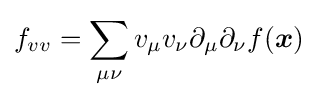
f_{vv}=\sum _{\mu \nu }v_{\mu }v_{\nu }\partial _{\mu }\partial _{\nu }f({\boldsymbol {x}})